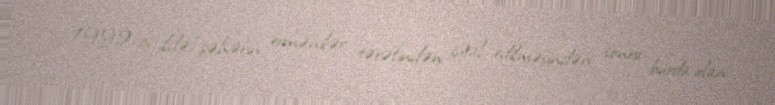
1992-ci ildə şəhərin ermənilər tərəfindən işğal edilməsindən sonra burda olan